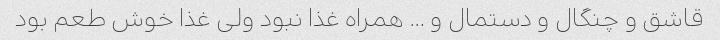
قاشق و چنگال و دستمال و … همراه غذا نبود ولی غذا خوش طعم بود